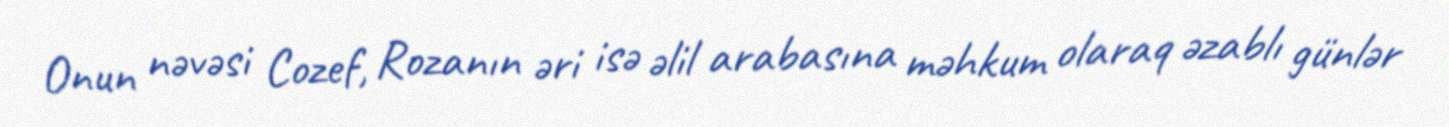
Onun nəvəsi Cozef, Rozanın əri isə əlil arabasına məhkum olaraq əzablı günlər